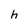
Character: h